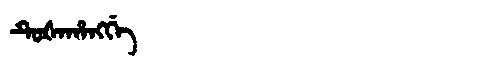
Manchu: ᡨᡠᡧᠠᡥᠠᠩᡤᡝ
Romanization: TUŠAHANGGE